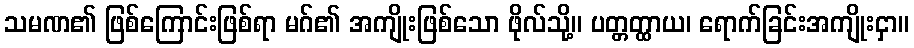
သမဏ၏ ဖြစ်ကြောင်းဖြစ်ရာ မဂ်၏ အကျိုးဖြစ်သော ဖိုလ်သို့။ ပတ္တတ္ထာယ၊ ရောက်ခြင်းအကျိုးငှာ။